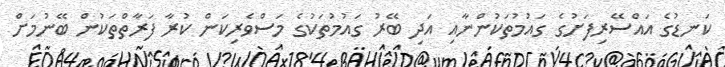
ކަނޑުގެ އައްސޭރިފަށުގެ ގައުމުތަކުންނާއި އަދި ބޭރު ގައުމުތަކުގެ މަސްވެރިކަން ކުރާ ފަރާތްތަކުން ބޭނުމަށް